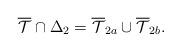
LaTeX: \begin{align*}\overline{\mathcal{T}} \cap \Delta_2 = \overline{\mathcal{T}}_{2a}\cup \overline{\mathcal{T}}_{2b}. \end{align*}